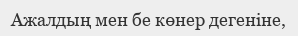
Ажалдың мен бе көнер дегеніне,